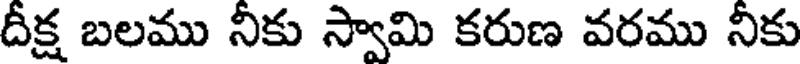
దీక్ష బలము నీకు స్వామి కరుణ వరము నీకు